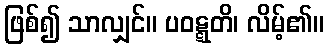
ဖြစ်၍ သာလျှင်။ ပဝဋ္ဋတိ၊ လိမ့်၏။